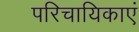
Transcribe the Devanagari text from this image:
परिचायिकाएं